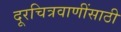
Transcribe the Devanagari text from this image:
दूरचित्रवाणींसाठी